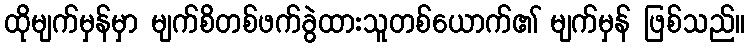
ထိုမျက်မှန်မှာ မျက်စိတစ်ဖက်ခွဲထားသူတစ်ယောက်၏ မျက်မှန် ဖြစ်သည်။